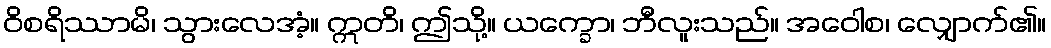
ဝိစရိဿာမိ၊ သွားလေအံ့။ ဣတိ၊ ဤသို့။ ယက္ခော၊ ဘီလူးသည်။ အဝေါစ၊ လျှောက်၏။